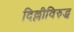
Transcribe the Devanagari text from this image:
दिल्लीविरुद्ध